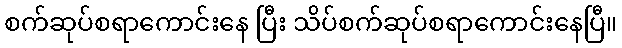
စက်ဆုပ်စရာကောင်းနေ ပြီး သိပ်စက်ဆုပ်စရာကောင်းနေပြီ။